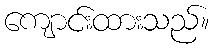
ကျောင်းထားသည်။